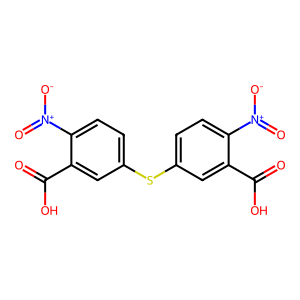
SMILES: O=C(O)c1cc(Sc2ccc([N+](=O)[O-])c(C(=O)O)c2)ccc1[N+](=O)[O-]
Inhibits HIV replication: No